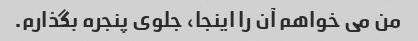
من می خواهم آن را اینجا، جلوی پنجره بگذارم.